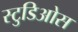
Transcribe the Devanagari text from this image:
स्टुडिओस